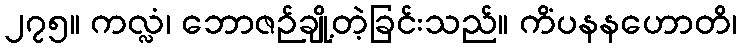
၂၇၅။ ကလ္လံ၊ ဘောဇဉ်ချို့တဲ့ခြင်းသည်။ ကိံပနနဟောတိ၊